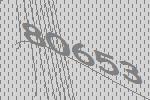
80653